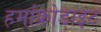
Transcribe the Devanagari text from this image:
हर्माफ्रोडाइट